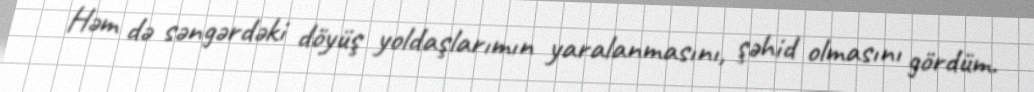
Həm də səngərdəki döyüş yoldaşlarımın yaralanmasını, şəhid olmasını gördüm.